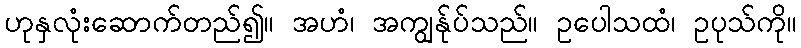
ဟုနှလုံးဆောက်တည်၍။ အဟံ၊ အကျွန်ုပ်သည်။ ဥပေါသထံ၊ ဥပုသ်ကို။